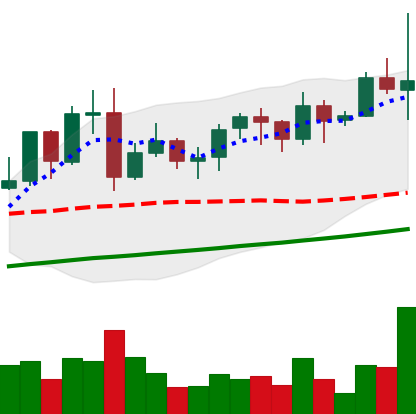
Ticker: LINK-USD
Chart end date: 2021-11-10
Forward return: -6.79%
Label: down_5_7